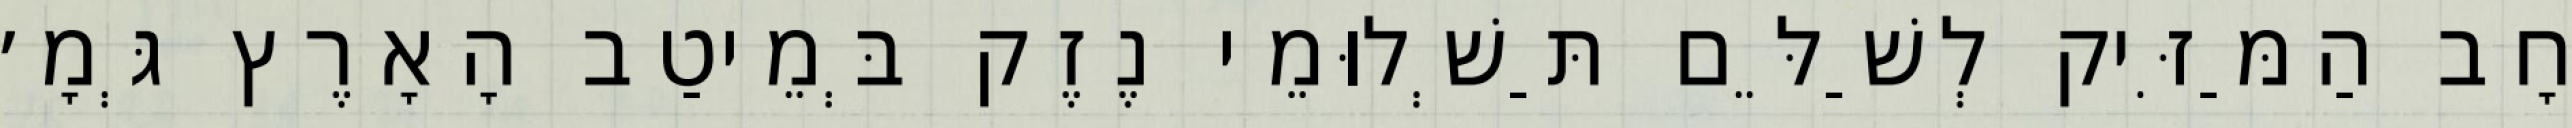
חָב הַמַּזִּיק לְשַׁלֵּם תַּשְׁלוּמֵי נֶזֶק בְּמֵיטַב הָאָרֶץ גְּמָ׳